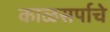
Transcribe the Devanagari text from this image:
काळसर्पाचे